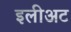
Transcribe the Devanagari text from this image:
इलीअट